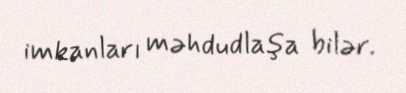
imkanları məhdudlaşa bilər.